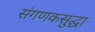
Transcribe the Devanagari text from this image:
संगणकसुद्धा